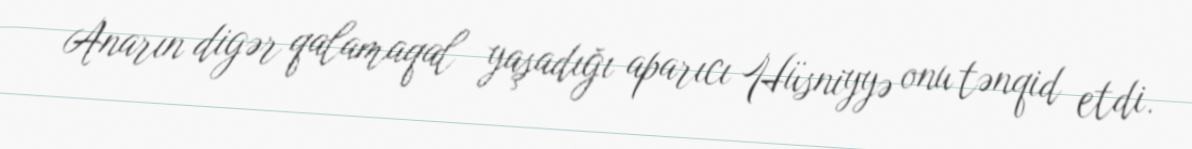
Anarın digər qalamaqal yaşadığı aparıcı Hüsniyyə onu tənqid etdi.